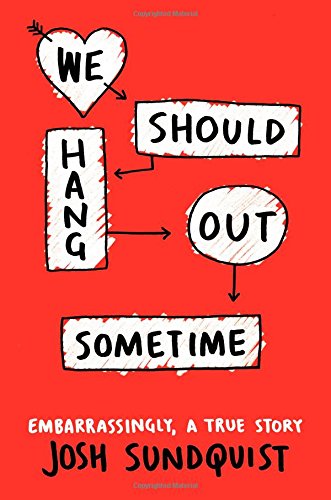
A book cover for We Should Hang Out Sometime: Embarrassingly, a true story; Josh Sundquist; Teen & Young Adult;